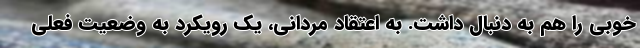
خوبی را هم به دنبال داشت. به اعتقاد مردانی، یک رویکرد به وضعیت فعلی